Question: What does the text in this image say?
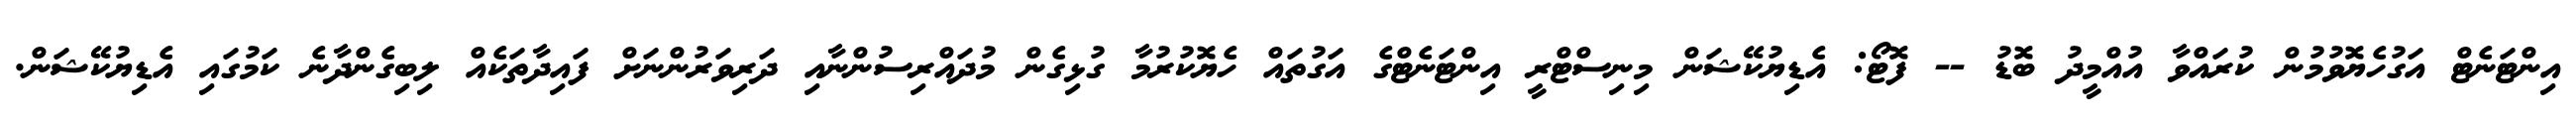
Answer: އިންޓަނެޓް އަގުހެޔޮވުމުން ކުރައްވާ އުއްމީދު ބޮޑު -- ފޮޓޯ: އެޑިޔުކޭޝަން މިނިސްޓްރީ އިންޓަނެޓްގެ އަގުތައް ހެޔޮކުރުމާ ގުޅިގެން މުދައްރިސުންނާއި ދަރިވަރުންނަށް ފައިދާތަކެއް ލިބިގެންދާނެ ކަމުގައި އެޑިޔުކޭޝަން.